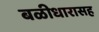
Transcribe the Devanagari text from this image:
बळीधारासह